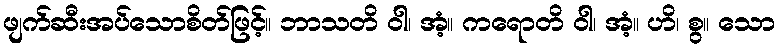
ဖျက်ဆီးအပ်သောစိတ်ဖြင့်။ ဘာသတိ ဝါ၊ အံ့။ ကရောတိ ဝါ၊ အံ့။ ဟိ၊ စွ။ သော